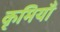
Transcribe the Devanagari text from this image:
कृमियाँ